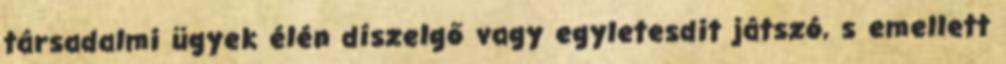
társadalmi ügyek élén díszelgő vagy egyletesdit játszó, s emellett